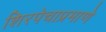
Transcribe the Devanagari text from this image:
शिरपेचाप्रमाणे